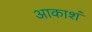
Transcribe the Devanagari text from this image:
आकाशं